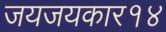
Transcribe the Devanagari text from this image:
जयजयकार१४